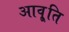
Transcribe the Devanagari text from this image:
आवृ्ति